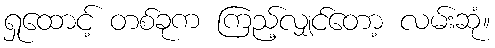
ရှုထောင့် တစ်ခုက ကြည့်လျှင်တော့ လမ်းဆုံ။